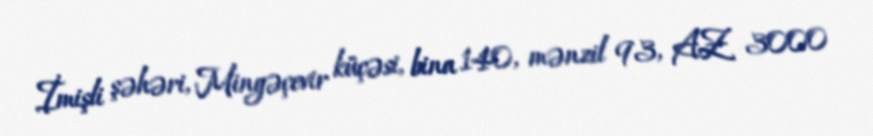
İmişli şəhəri, Mingəçevir küçəsi, bina 140, mənzil 93, AZ 3000